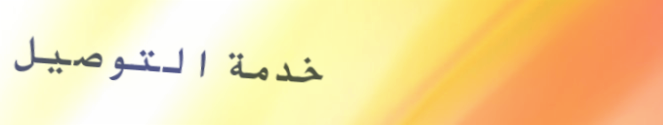
خدمة التوصيل